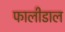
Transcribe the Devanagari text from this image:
फालीडाल